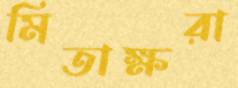
মিতাক্ষরা